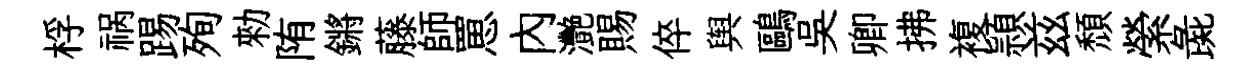
桴祸踢殉勑陏鏘藤師罳内灧賜倅舆鷗吳卿拂複頴兹頽縈彘